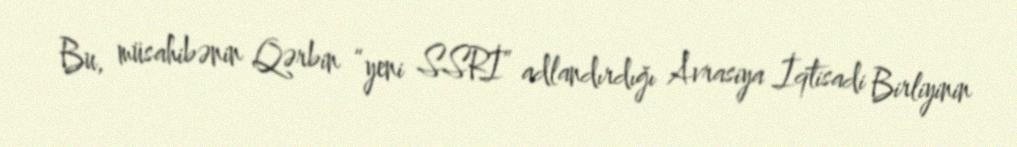
Bu, müsahibənin Qərbin “yeni SSRİ” adlandırdığı Avrasiya İqtisadi Birliyinin